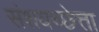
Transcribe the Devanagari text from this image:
संशयच्छेत्ता